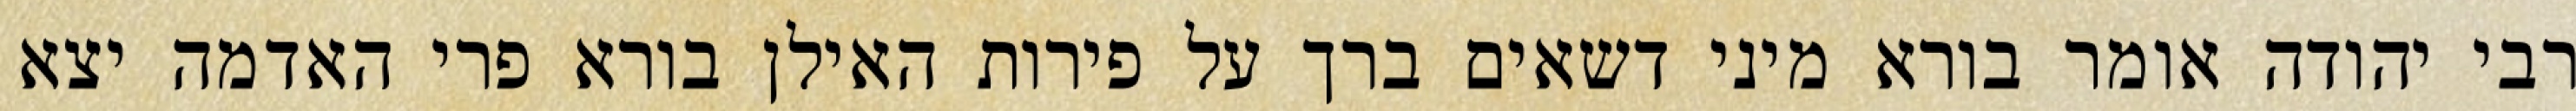
רבי יהודה אומר בורא מיני דשאים ברך על פירות האילן בורא פרי האדמה יצא